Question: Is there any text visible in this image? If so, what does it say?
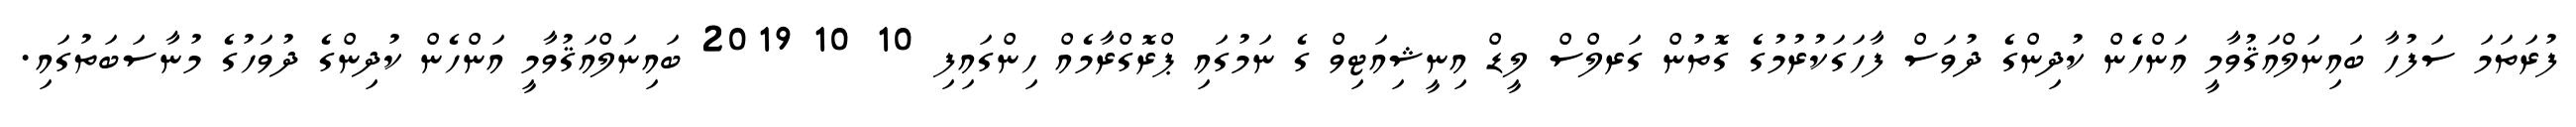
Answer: ފުރަތަމަ ސަފުހާ ބައިނަލްއަޤުވާމީ އަންހެން ކުދިންގެ ދުވަސް ފާހަގަކުރުމުގެ ގޮތުން ގަރލްސް ލީޑް އިނީޝިއަޓިވް ގެ ނަމުގައި ޕްރޮގްރާމެއް ހިންގައިފި 10 10 2019 ބައިނަލްއަޤުވާމީ އަންހެން ކުދިންގެ ދުވަހުގެ މުނާސަބަތުގައި.